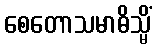
စေတောသမာဓိသ္မိံ